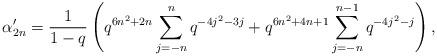
LaTeX: \begin{align*} \alpha'_{2n} = \frac{1}{1-q}\left(q^{6n^2+2n}\sum_{j=-n}^{n}q^{-4j^2-3j} + q^{6n^2+4n+1}\sum_{j=-n}^{n-1}q^{-4j^2-j}\right), \end{align*}